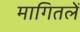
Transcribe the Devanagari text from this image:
मागितलें